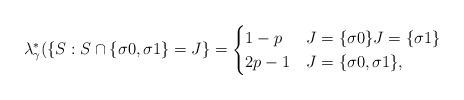
LaTeX: \begin{align*}\lambda^*_\gamma(\{S: S\cap \{\sigma0,\sigma 1\}=J\}=\begin{cases}{1-p} & J=\{\sigma 0\} J=\{\sigma 1\} \\2p-1&J=\{\sigma 0, \sigma 1\},\end{cases}\end{align*}